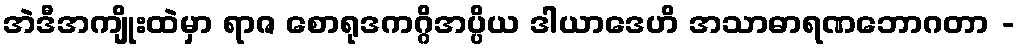
အဲဒီအကျိုးထဲမှာ ရာဇ စောရုဒကဂ္ဂိအပ္ပိယ ဒါယာဒေဟိ အသာဓာရဏဘောဂတာ -